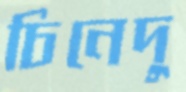
চিনেদু